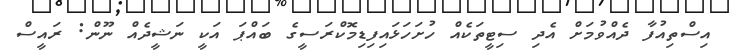
އިސްތިއުފާ ދެއްވުމަށް އެދި ސިޓީތަކެއް ހުށަހަޅައިފިޑިމޮކްރަސީގެ ބައްޕަ އަކީ ނަޝީދެއް ނޫން: ރައީސް